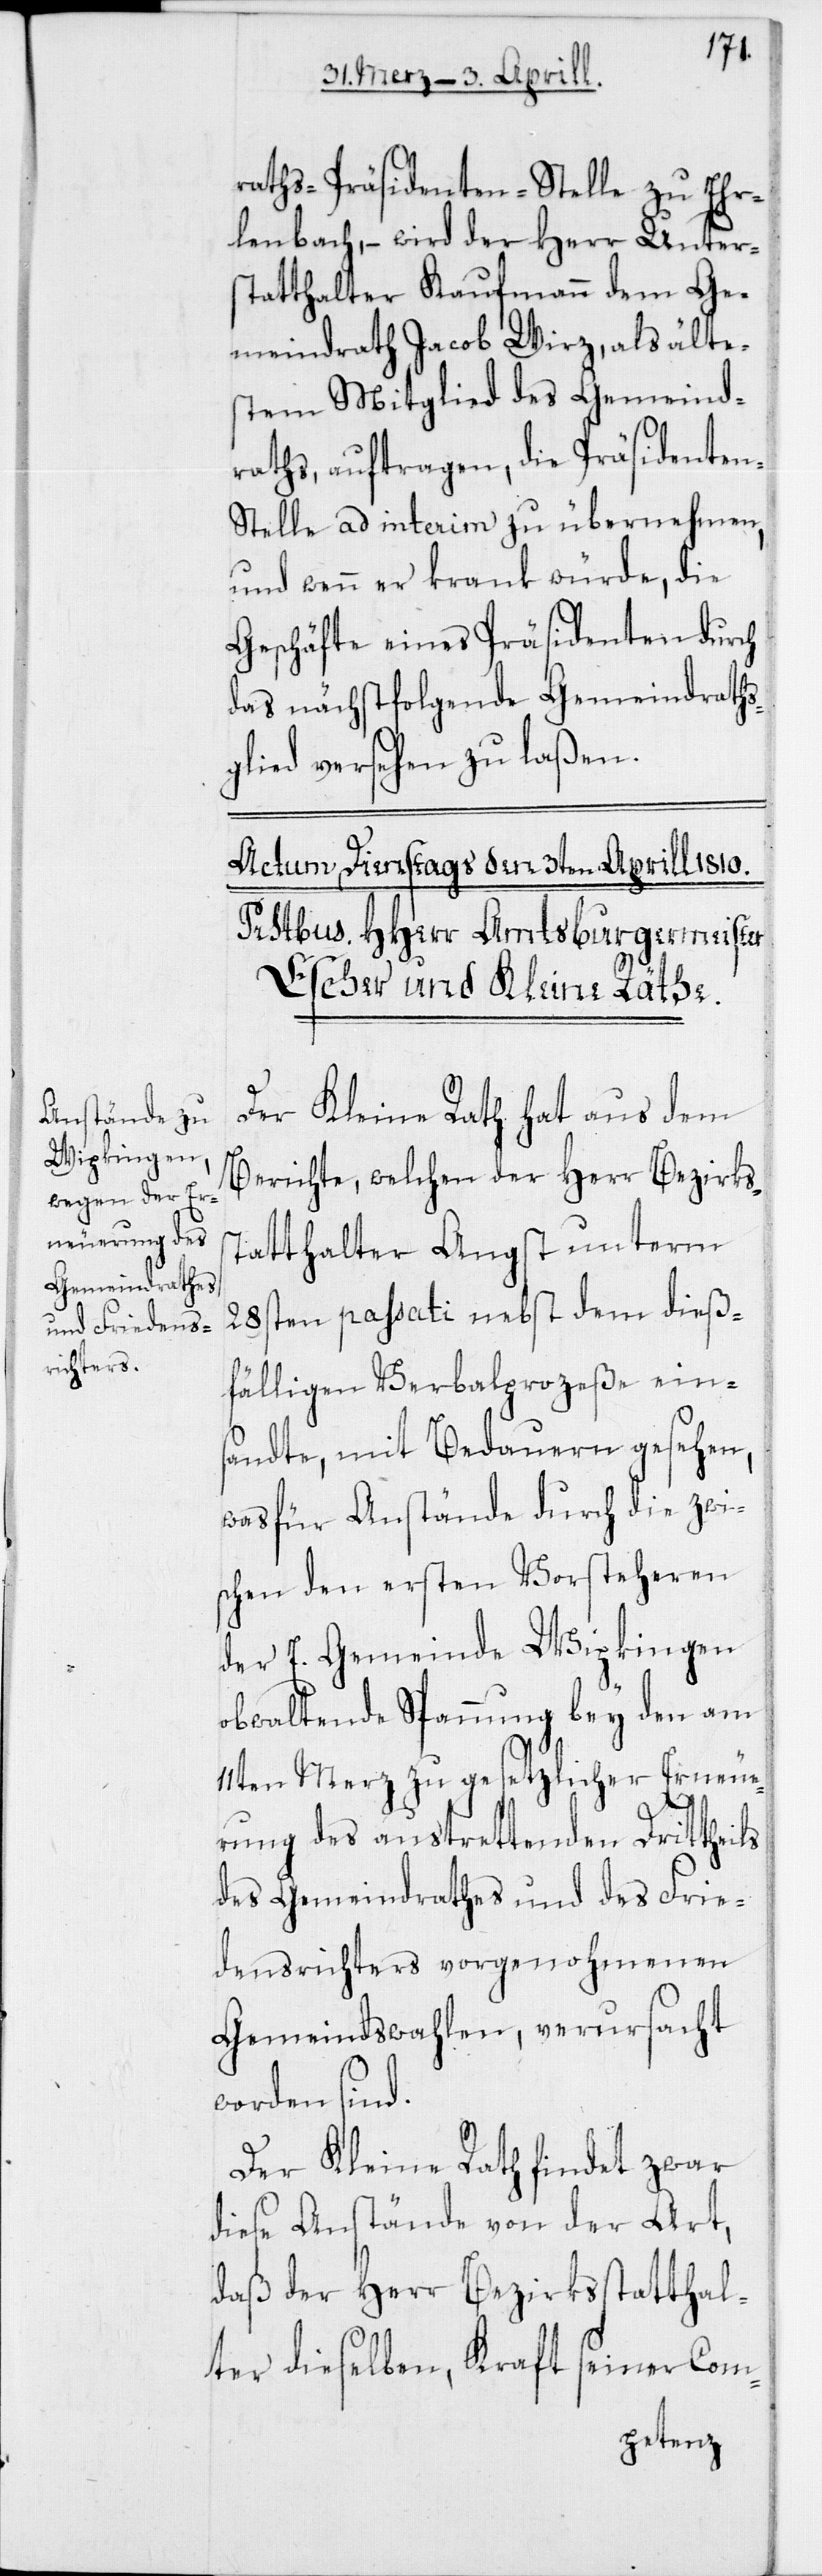
raths-Präsidenten-Stelle zu Er¬
lenbach, – wird der Herr Unters¬
tatthalter Kaufmann dem Ge¬
meindrath Jacob Wirz, als älte¬
stem Mitglied des Gemeind¬
raths, auftragen, die Präsidente¬
n-Stelle ad interim zu übernehmen,
und wenn er krank würde, die
Geschäfte eines Präsidenten durch
das nächstfolgende Gemeindraths¬
glied versehen zu laßen.
Der Kleine Rath hat aus dem
Berichte, welchen der Herr Bezirks¬
statthalter Angst unterm
28sten passati nebst dem dieß¬
fälligen Verbalprozeße eins¬
andte, mit Bedauern gesehen,
was für Anstände durch die zwi¬
schen den ersten Vorsteheren
der E. Gemeinde Wipkingen
obwaltende Spannung bey den am
11ten Merz zu gesetzlicher Erneue¬
rung des austrettenden Drittheils
des Gemeindrathes und des Frie¬
densrichters vorgenohmenen
Gemeindswahlen, verursacht
worden sind.
Der Kleine Rath findet zwar
diese Anstände von der Art,
daß der Herr Bezirksstatthal¬
ter dieselben, kraft seiner Com¬
mission-